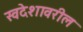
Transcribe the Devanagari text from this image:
स्वदेशावरील